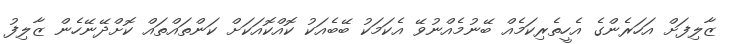
ޒާލިފަށް އަހަރެންގެ އެހީތެރިކަމެއް ބޭނުމެއްނުވޭ އެކަމަކު ބޭބެއަކު ކޮއްކޮއަކަށް ކަންތައްތައް ކޮށްދޭނޭހެން ޒާލިފު